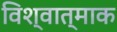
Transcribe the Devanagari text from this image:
विश्वात्माक